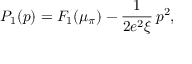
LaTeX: P _ { 1 } ( p ) = F _ { 1 } ( \mu _ { \pi } ) - \frac { 1 } { 2 e ^ { 2 } \xi } \, p ^ { 2 } ,